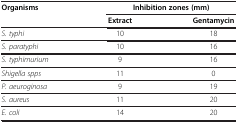
| <ROWSPAN=2> Organisms | <COLSPAN=2> Inhibition zones(mm) |
 | Extract | Gentamycin |
 | --- | --- | --- |
 | S. typhi | 10 | 18 |
 | S. paratyphi | 10 | 16 |
 | S. typhimurium | 9 | 16 |
 | Shigella spps | 11 | 0 |
 | P. aeuroginosa | 9 | 19 |
 | S. aureus | 11 | 20 |
 | E. coli | 14 | 20 |